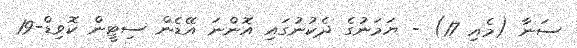
ސަނާ (މެއި 17) - ޔަމަނުގެ ދެކުނުގައި އޮންނަ އޭޑެން ސިޓީން ކޮވިޑް-19